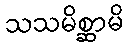
သသမိစ္ဆာမိ